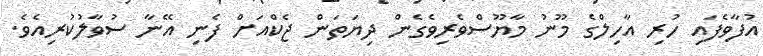
އުފާވެފައި ހުރި އާހިލްގެ މޫނު މާޔޫސްވެރިވެގެން ދިޔަތަން ޖެކްއަށް ފެނި އޭނާ ސުވާލުކުރިއެވެ.